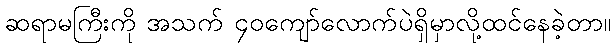
ဆရာမကြီးကို အသက် ၄၀ကျော်လောက်ပဲရှိမှာလို့ထင်နေခဲ့တာ။